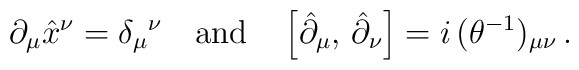
\partial_{\mu}\hat{x}^{\nu}=\delta_{\mu}{}^{\nu}\quad \textrm{and}\quad \left[ \hat{\partial}_{\mu},\,\hat{\partial}_{\nu}\right]=i\,(\theta^{-1})_{\mu\nu}\,.